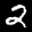
Label: 2